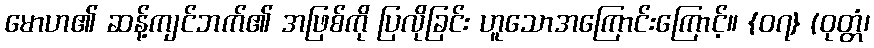
မောဟ၏ ဆန့်ကျင်ဘက်၏ အဖြစ်ကို ပြလိုခြင်း ဟူသောအကြောင်းကြောင့်။ {၀၇} (ဝုတ္တံ၊